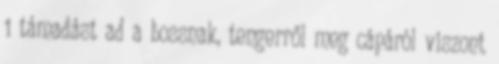
1 támadást ad a bossnak, tengerről meg cápáról viszont